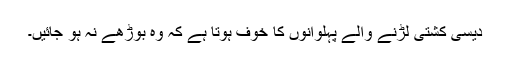
دیسی کشتی لڑنے والے پہلوانوں کا خوف ہوتا ہے کہ وہ بوڑھے نہ ہو جائیں۔